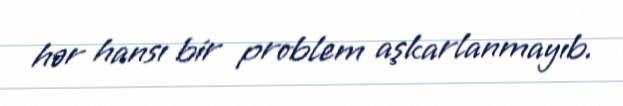
hər hansı bir problem aşkarlanmayıb.